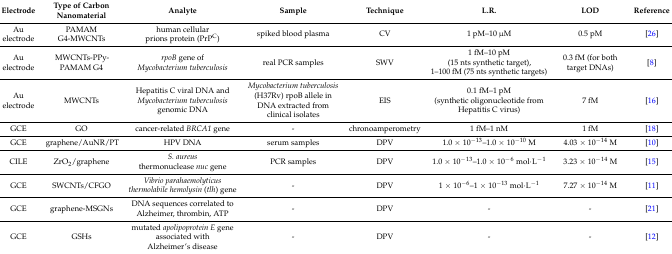
| Electrode | Type of Carbon Nanomaterial | Analyte | Sample | Technique | L.R. | LOD | Reference |
 | --- | --- | --- | --- | --- | --- | --- | --- |
 | Au electrode | PAMAM G4-MWCNTs | human cellular prions protein (PrPC) | spiked blood plasma | CV | 1 pM–10 μM | 0.5 pM | [26] |
 | Au electrode | MWCNTs-PPy-PAMAM G4 | rpoB gene of Mycobacterium tuberculosis | real PCR samples | SWV | 1 fM–10 pM (15 nts synthetic target), 1–100 fM (75 nts synthetic targets) | 0.3 fM (for both target DNAs) | [8] |
 | Au electrode | MWCNTs | Hepatitis C viral DNA and Mycobacterium tuberculosis genomic DNA | Mycobacterium tuberculosis (H37Rv) rpoB allele in DNA extracted from clinical isolates | EIS | 0.1 fM–1 pM (synthetic oligonucleotide from Hepatitis C virus) | 7 fM | [16] |
 | GCE | GO | cancer-related BRCA1 gene | - | chronoamperometry | 1 fM–1 nM | 1 fM | [18] |
 | GCE | graphene/AuNR/PT | HPV DNA | serum samples | DPV | 1.0 × 10−13–1.0 × 10−10 M | 4.03 × 10−14 M | [10] |
 | CILE | ZrO2/graphene | S. aureus thermonuclease nuc gene | PCR samples | DPV | 1.0 × 10−13–1.0 × 10−6 mol·L−1 | 3.23 × 10−14 M | [15] |
 | GCE | SWCNTs/CFGO | Vibrio parahaemolyticus thermolabile hemolysin (tlh) gene | - | DPV | 1 × 10−6–1 × 10−13 mol·L−1 | 7.27 × 10−14 M | [11] |
 | GCE | graphene-MSGNs | DNA sequences correlated to Alzheimer, thrombin, ATP | - | DPV | - | - | [21] |
 | GCE | GSHs | mutated apolipoprotein E gene associated with Alzheimer’s disease | - | DPV | - | - | [12] |